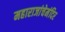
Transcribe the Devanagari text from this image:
महाराजांचेमंदिर